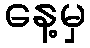
နေ့မှ